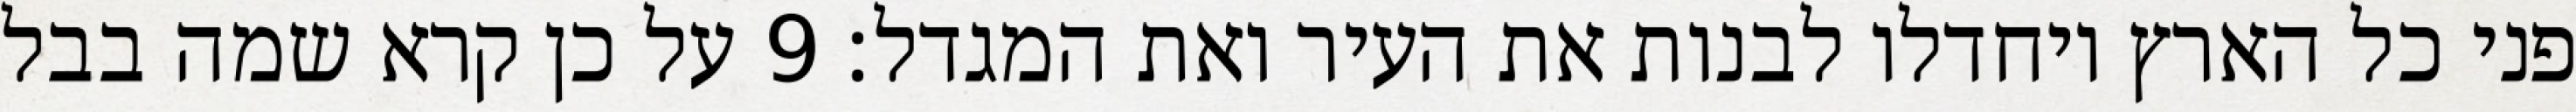
פני כל הארץ ויחדלו לבנות את העיר ואת המגדל׃ ‎9‏ על כן קרא שמה בבל